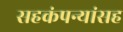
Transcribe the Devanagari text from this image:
सहकंपन्यांसह